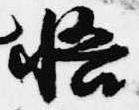
悟